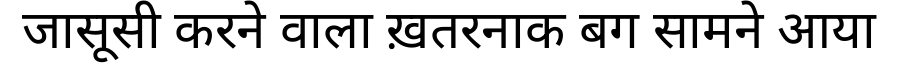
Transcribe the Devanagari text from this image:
जासूसी करने वाला ख़तरनाक बग सामने आया